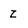
Character: Z